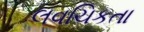
લવચિકતા